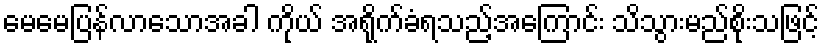
မေမေပြန်လာသောအခါ ကိုယ် အရိုက်ခံရသည့်အကြောင်း သိသွားမည်စိုးသဖြင့်